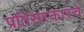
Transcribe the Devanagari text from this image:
प्रतिसरकारचे